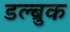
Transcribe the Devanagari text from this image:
डल्ब्रुक